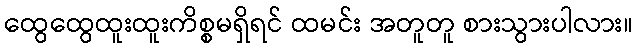
ထွေထွေထူးထူးကိစ္စမရှိရင် ထမင်း အတူတူ စားသွားပါလား။